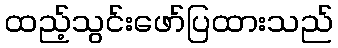
ထည့်သွင်းဖော်ပြထားသည်